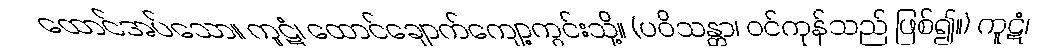
ထောင်အပ်သော။ ကူဋံ၊ ထောင်ချောက်ကျော့ကွင်းသို့။ (ပဝိသန္တာ၊ ဝင်ကုန်သည် ဖြစ်၍။) ကူဋံ၊